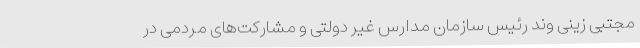
مجتبی زینی وند رئیس سازمان مدارس غیر دولتی و مشارکت‌های مردمی در